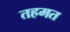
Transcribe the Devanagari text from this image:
तहमत